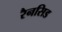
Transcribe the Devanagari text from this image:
रैनसिड